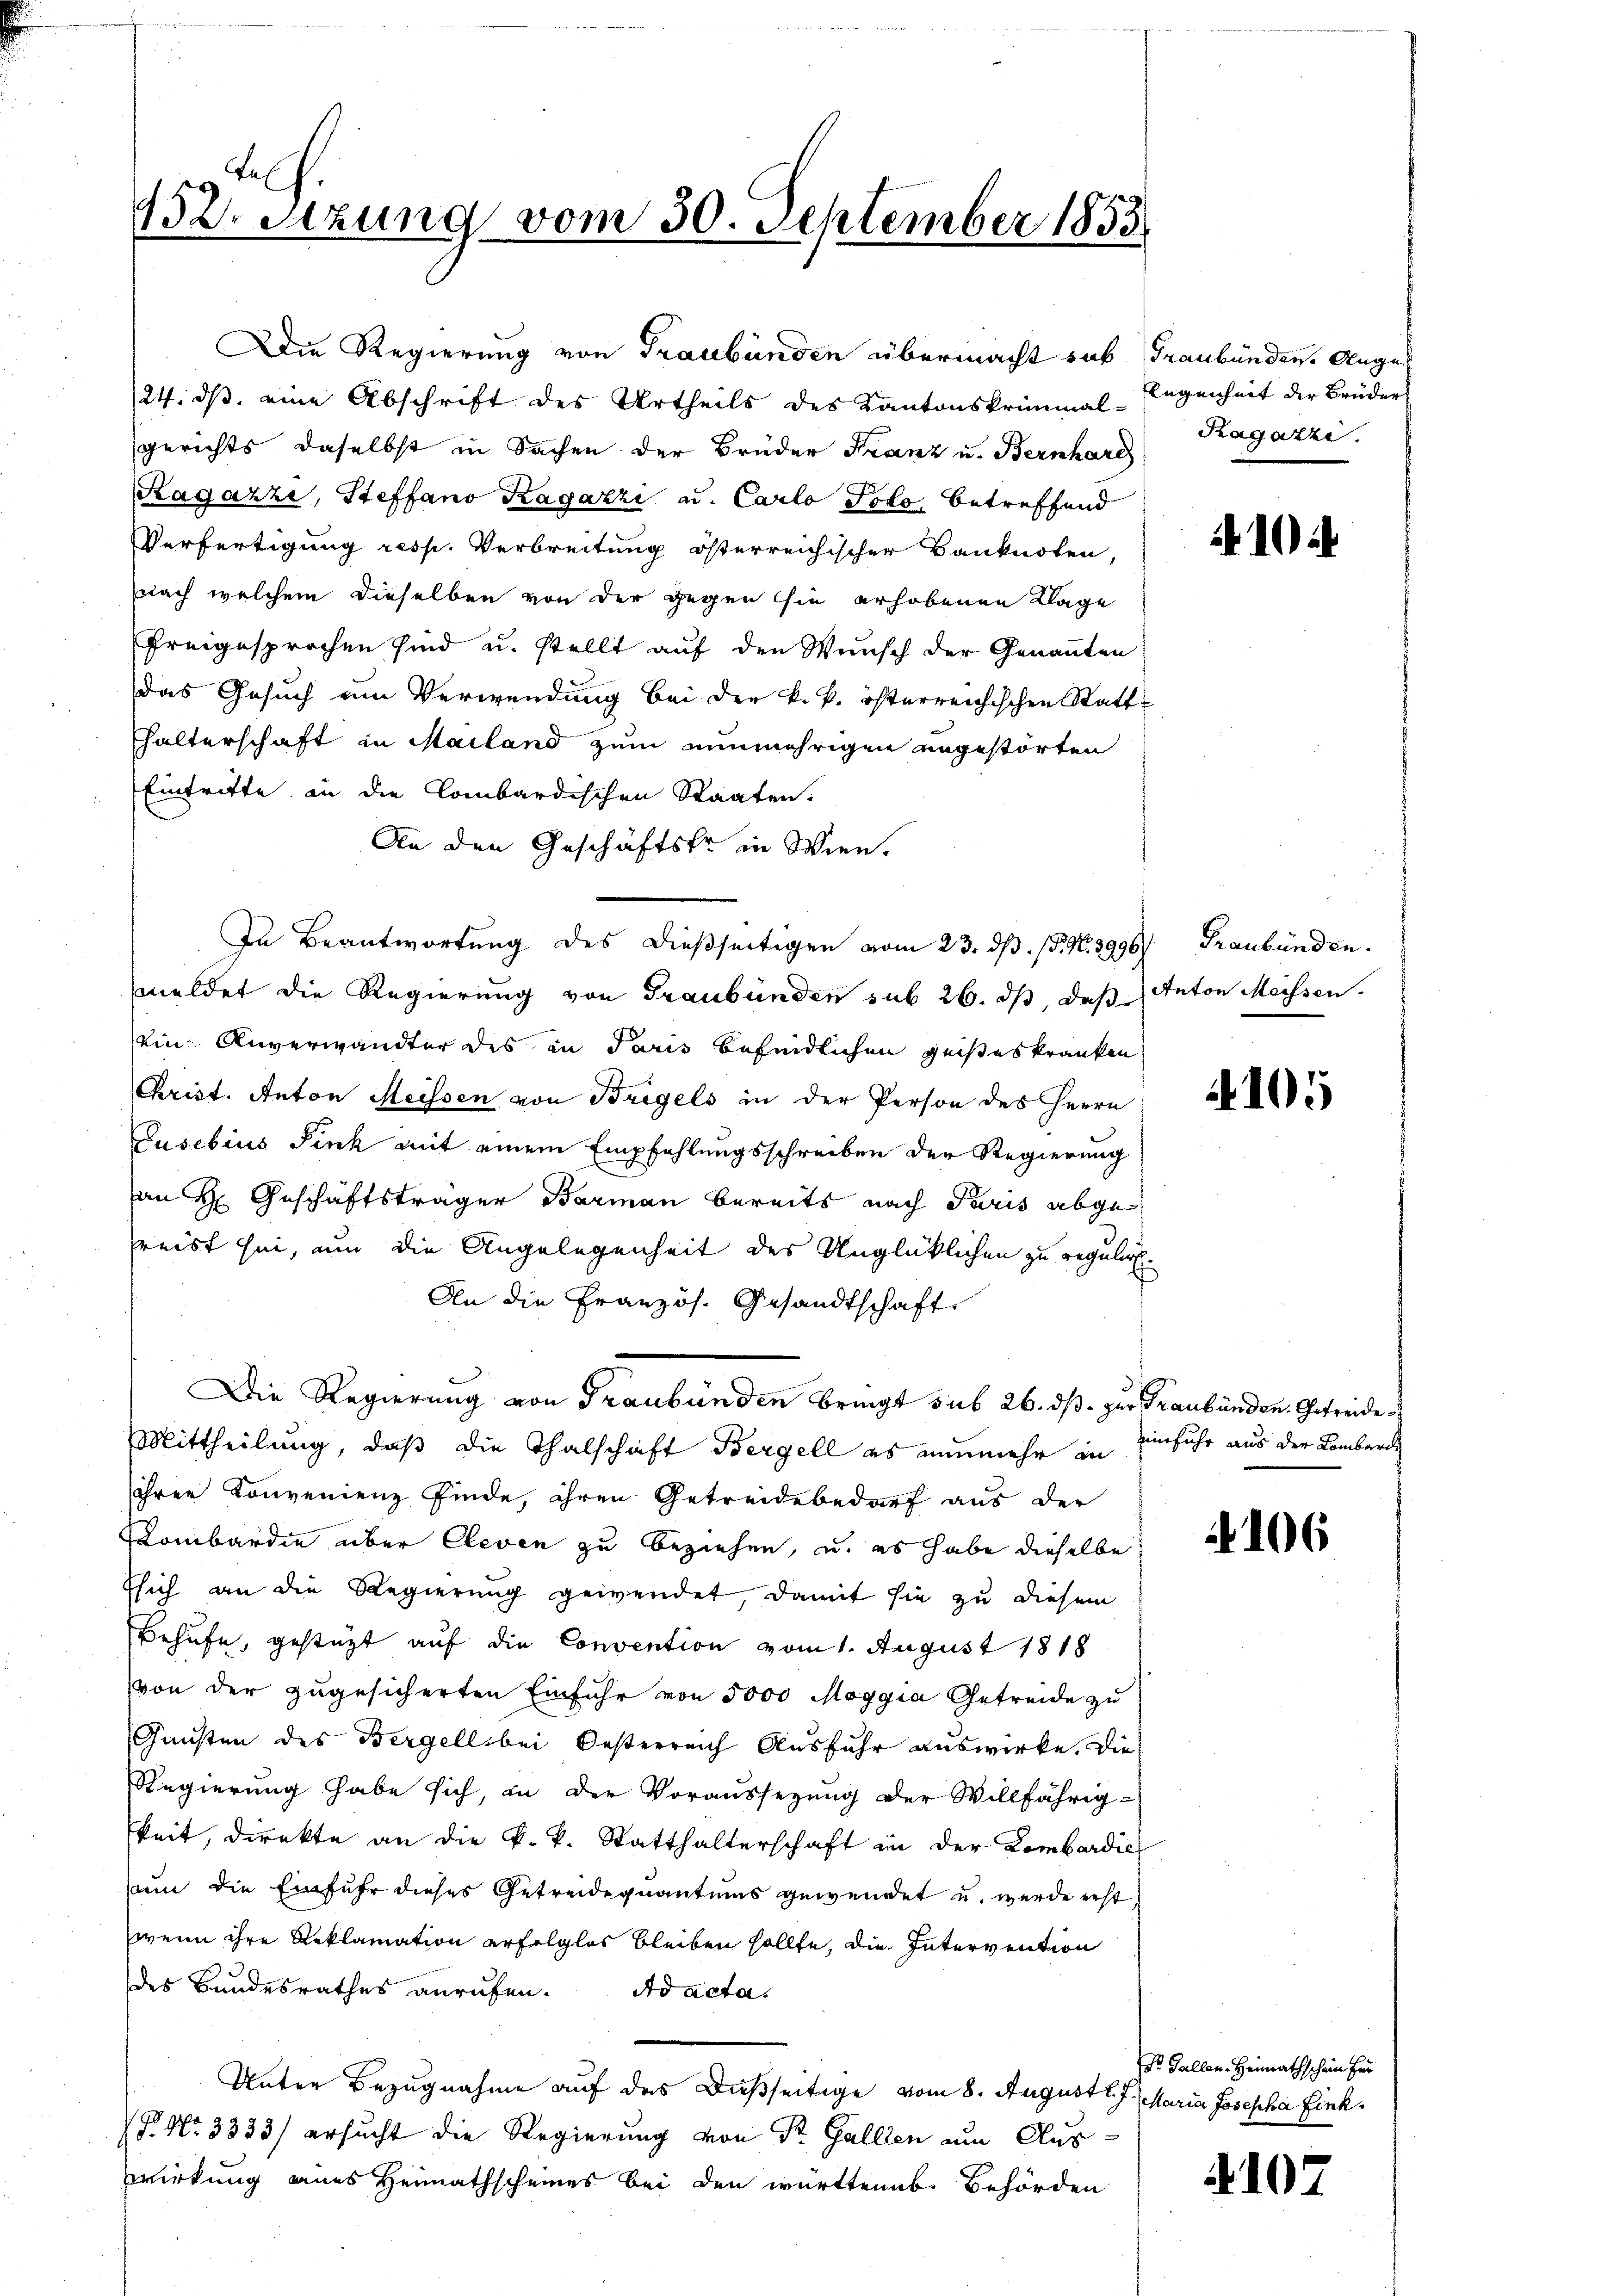
152 Stzung vom 30. September 1853

24. ds. eine Abschrift des Urtheils des Kantonskriminal-Elegenheit der Brüders
gerichts, daselbst in Sachen der Brüder Franz u. Bernhard
Ragazzi, Steffano Ragazzi u. Carlo Polo, betreffend
Verfertigung resp. Verbreitung österreichischer Banknoten,
nach welchem dieselben von der gegen sie erhobenen Klage
freigesprochen sind u. stellt auf den Wunsch der Genannten
Das Gesuch um Verwendung bei der k. k. österreichischen Statt-
halterschaft in Mailand zum nunmehrigen ungestörten
Eintritte an die Combardischen Staaten.
An den Geschäftske in Wien.
In Beantwortung des dießseitigen vom 23. ds. p. N. 3996) Graubünden.
meldet die Regierung von Graubünden sub 26. ds, daß
Ein Anverwandter des in Paris befindlichen geisteskranken
Christ. Anton Seissen von Bregels in der Person des Herrn
Jusebius Fink mit einem Empfehlungsschreiben der Regierung
an H. Geschäftsträger Barmann bereits nach Paris abgereist sei, um die Angelegenheit des Unglücklichen zu regulirt.
An die Französ. Gesandtschaft
Die Regierung von Graubünden bringt sub 26. ds. zur Graubünden Getreide
Mittheilung, daß die Thalschaft Bergell es nunmehr in einfuhr aus der Lombares
ihrer Konvenienz finde, ihren Getreide bedarf aus der
Lombardie über Cleven zu beziehen, u. es habe dieselbe
Esich an die Regierung gewendet, damit sie zu diesem
Behufe, gestüzt auf die Convention vom 1. August 1818
von der zugesicherten Einfuhr von 5000 Maggia Getreide zu
Gunsten des Bergell bei Oesterreich Ausfuhr auswirke. Die
Regierung habe sich, in der Voraussezung der Willfährig-
keit, direkte an die k. k. Statthalterschaft in der Lombardie
sum die Einfuhr dieses Getreidequantums gewendet u. werde erst
wenn ihre Reklamation erfolglos bleiben sollte, die Intervention
des Bandesrathes anrufen. Ad acta.
Unter Bezugnahme auf das Dußseitige vom 8. August l. J. Maria Josepha Fink¬
P. Nr. 3333) ersucht die Regierung von Dr. Gallien am Auswirkung eines Heimathscheines bei den württenab. Behörden

Die Regierung von Graubünden übermacht sub (Graubünden. Auge

Ragazzi.

1

Anton Meissen.

105

4106

Dr. Gallen. Heinrathschein für

107